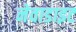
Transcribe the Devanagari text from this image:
नेवाडाइट